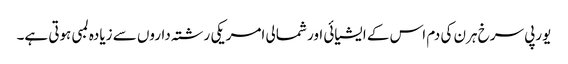
یورپی سرخ ہرن کی دم اس کے ایشیائی اور شمالی امریکی رشتہ داروں سے زیادہ لمبی ہوتی ہے۔